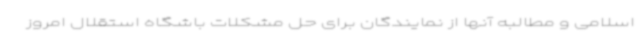
اسلامی و مطالبه آنها از نمایندگان برای حل مشکلات باشگاه استقلال امروز